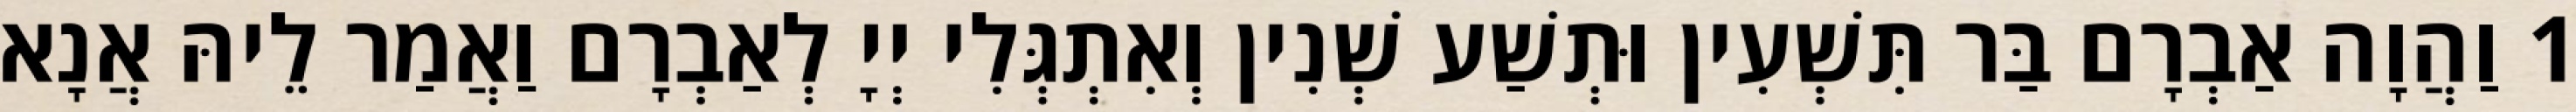
1 וַהֲוָה אַבְרָם בַּר תִּשְׁעִין וּתְשַׁע שְׁנִין וְאִתְגְּלִי יְיָ לְאַבְרָם וַאֲמַר לֵיהּ אֲנָא